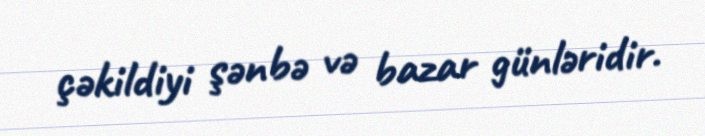
çəkildiyi şənbə və bazar günləridir.